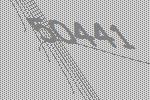
50441